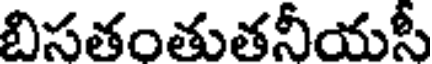
బిసతంతుతనీయసీ